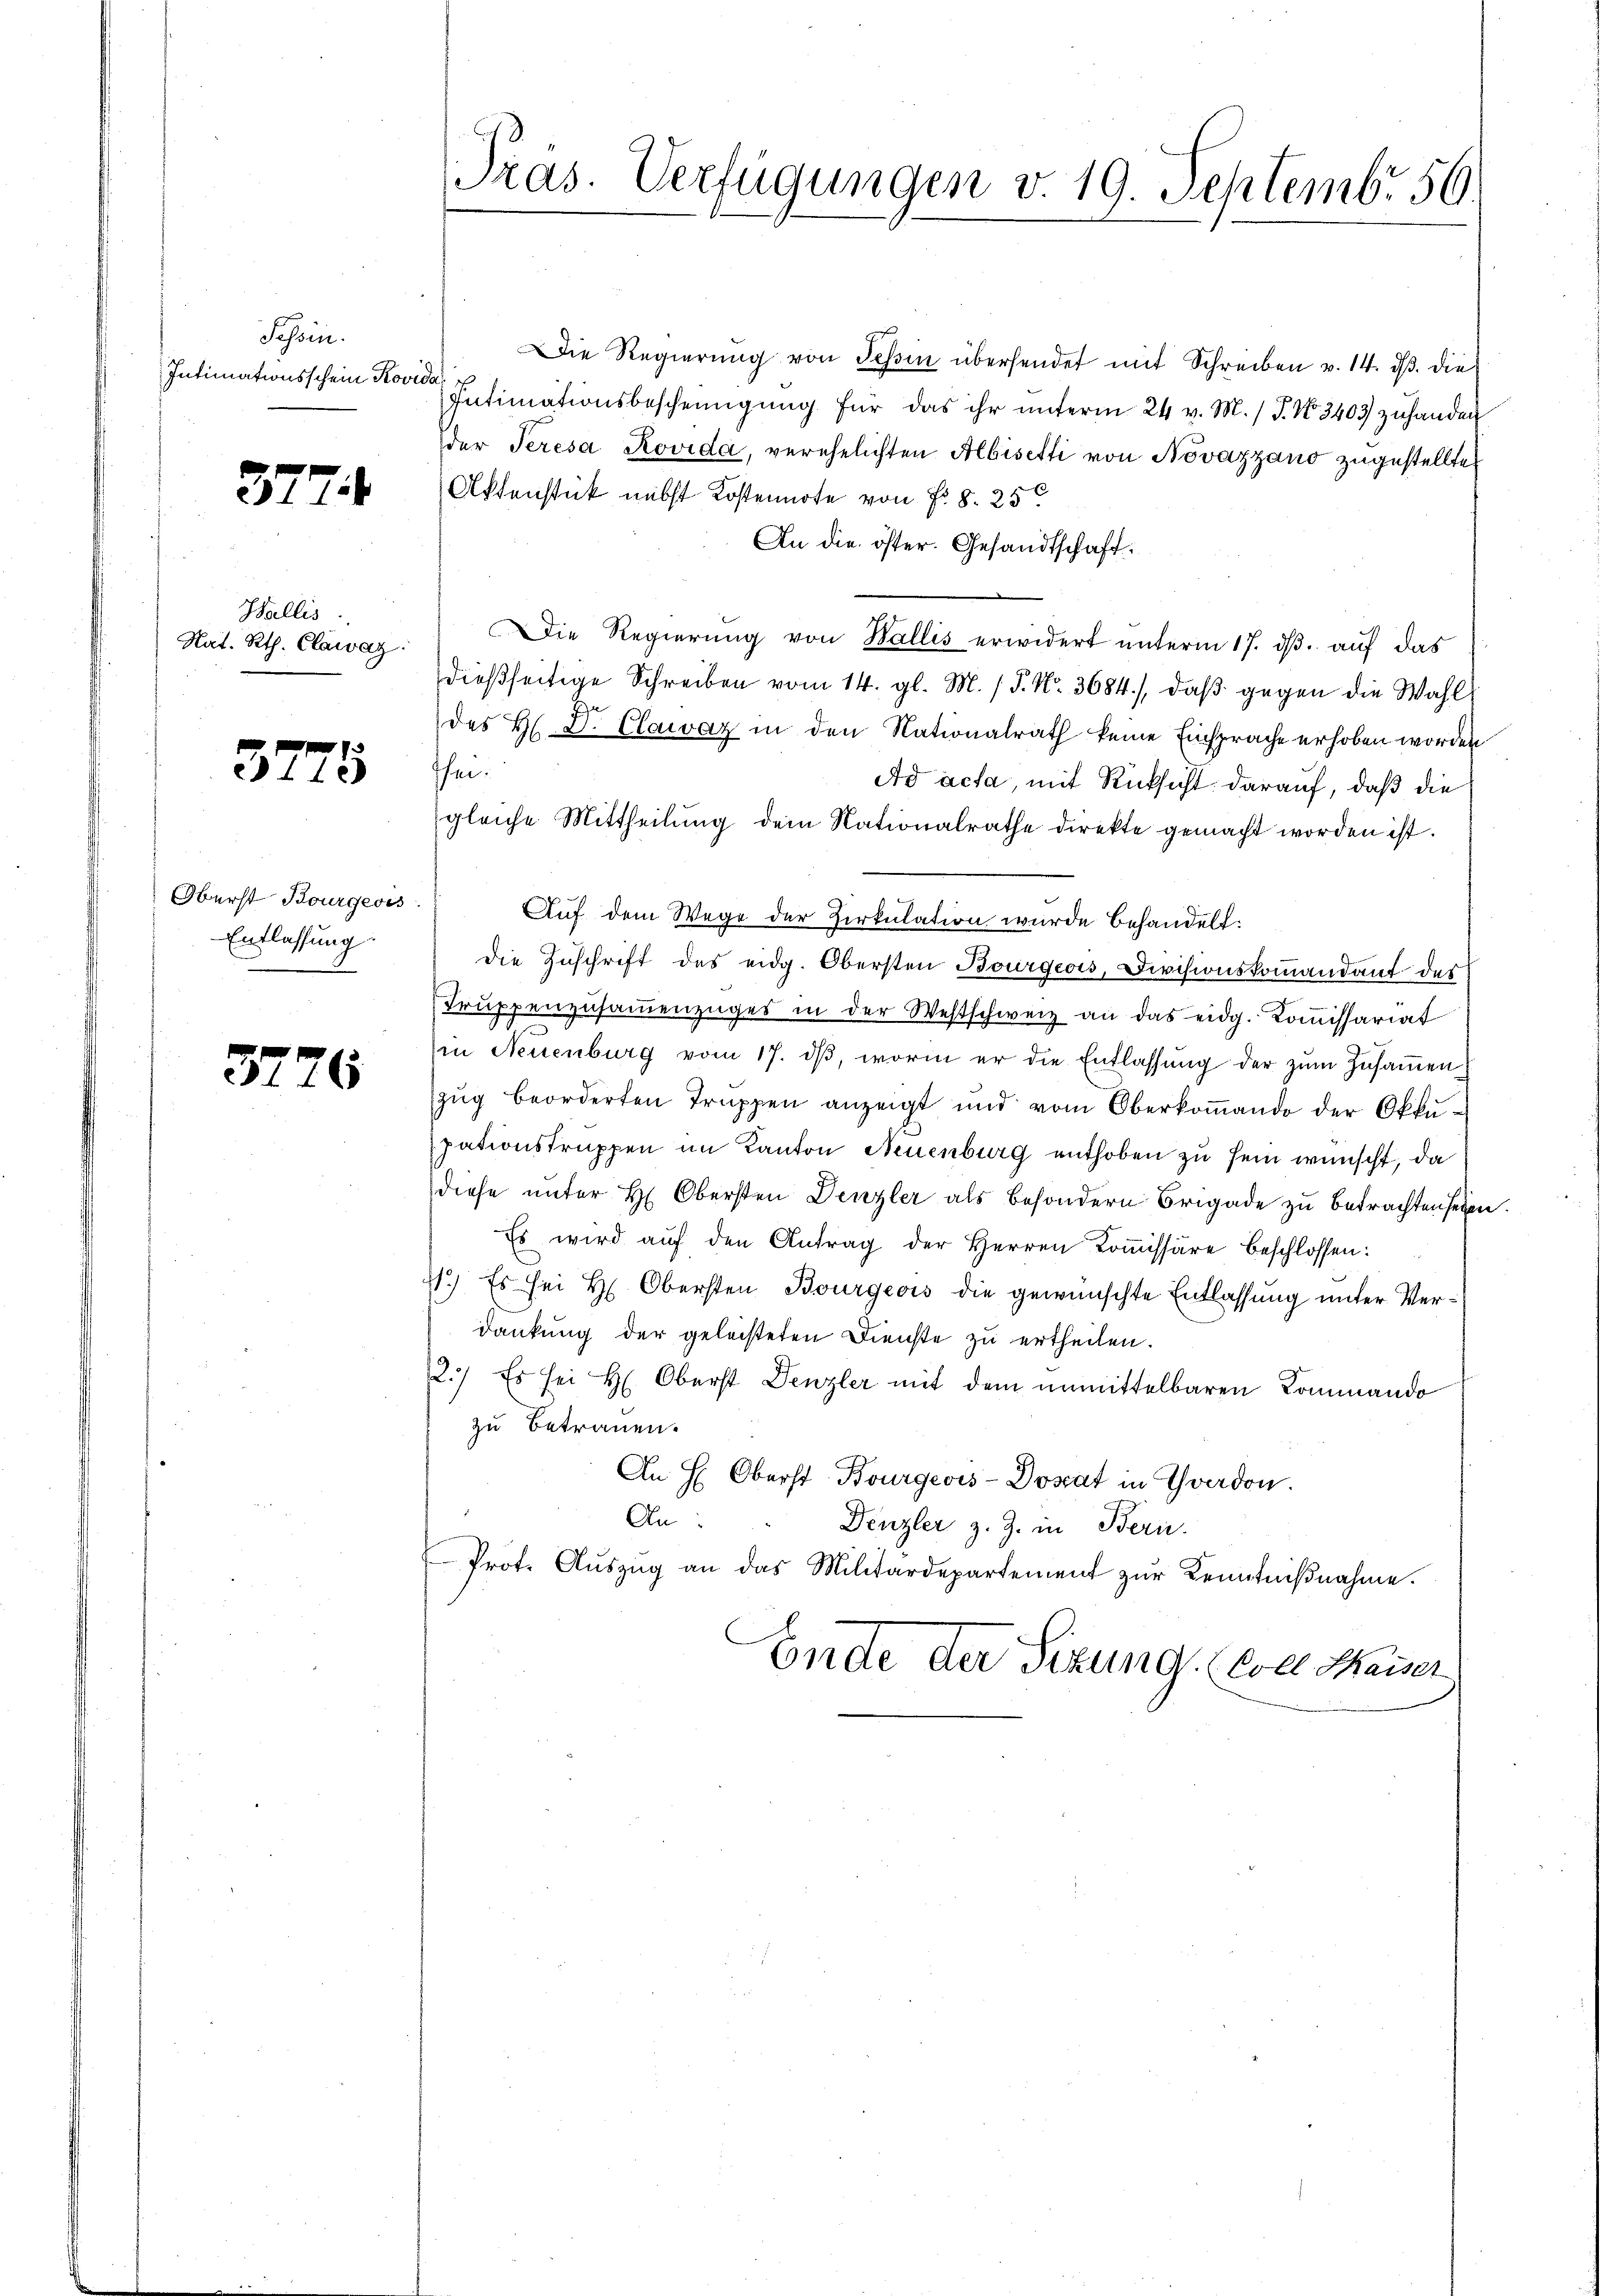
Tessin.
Intimationsschein Rovida, u

377.

Wallis.
Nat. Rth. Clawaz.

3775

Oberst Bourgeris
Entlassung:

3776

Pras. Verfügungen v. 19. Septembr. 56.

Die Regierŭng von Tessin übersendet mit Schreiben v. 14. dβ. die
Intimationsbescheinigŭng für das ihr ŭnterm 24 v. M. J. No. 3403 zuhanden
der Seresa Rovida, verehelichten Albisetti von Novazzano zugestellte
Aktenstück nebst Kostennote von Fr. 8. 250
An die öster. Gesandtschaft.
Die Regierŭng von Wallis erwidert unterm 17. dβ. auf das
dießseitige Schreiben vom 14. gl. M. P. Nr. 3684), daβ gegen die Wahl
des H. D. Clawaz in den Nationalrath keine Einsprache erhoben worden
Ihm.
Ad acta, mit Rücksicht darauf, daß die
gleiche Mittheilŭng dem Rationalrathe direkte gemacht worden ist.
Auf dem Wege der Zirkulation wurde behandelt:
die Zuschrift des eidg. Obersten Bourgeois, Divisionskommandant des
Trŭppenzŭsaṁenzŭges in der Westschweiz an das eidg. Koṁissariat
in Neuenburg vom 17. dβ, worin er die Entlassŭng der zŭm Zŭsaṁen-
zug beorderten Truppen anzeigt und vom Oberkoṁando der Okkupationstruppen im Kanton Neuenburg enthoben zu sein wünscht, da
diese unter H. Obersten Denzler als besondern Brigade zu betrachten seien
Es wird aŭf den Antrag der Herren Koṁissäre beschlossen:
11.) Es sei H. Obersten Bourgeois die gewünschte Entlassung unter Verdankung der geleisteten Dienste zu ertheilen.
2.) Es sei H. Oberst Denzler mit dem unmittelbaren Kommando
zu Betrauen.
An H: Oberst Bourgeois-Dosat in Thrardon.
An
Denzler z. Z. in Bern.
Prot. Aŭszŭg an das Militärdepartement zŭr Kenntniβnahme.
Ende der Sizung. (von Maiser